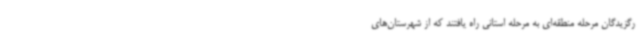
رگزیدگان مرحله منطقه‌ای به مرحله استانی راه یافتند که از شهرستان‌های